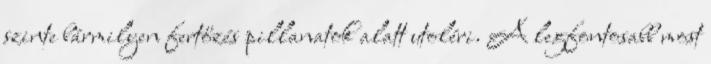
szinte bármilyen fertőzés pillanatok alatt utoléri. A legfontosabb most